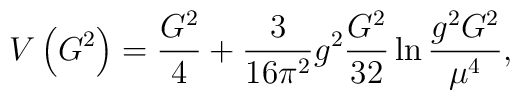
V\left(G^2\right) =\frac{G^2}4+\frac 3{16\pi^2}g^2\frac{G^2}{32}\ln \frac{ g^2G^2}{\mu ^4},